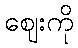
ဈေးကို